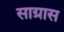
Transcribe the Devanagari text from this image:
साग्रास